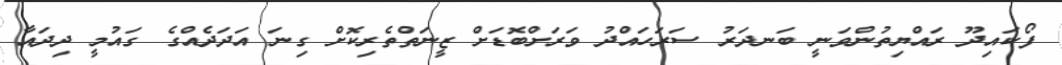
ފޯކައިދޫ ރައްޔިތުންވަނީ ބަނދަރު ސަރަހައްދު ވަރަށްބޮޑަށް ޒީނަތްތެރިކޮށް ގިނަ އަދަދެއްގެ ގައުމީ ދިދައާ